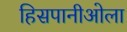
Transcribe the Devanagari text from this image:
हिसपानीओला